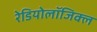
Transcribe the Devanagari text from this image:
रेडियोलॉजिक्ल